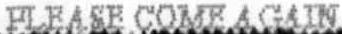
PLEASE COME AGAIN